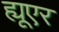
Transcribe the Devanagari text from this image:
ह्यूएर